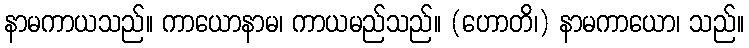
နာမကာယသည်။ ကာယောနာမ၊ ကာယမည်သည်။ (ဟောတိ၊) နာမကာယော၊ သည်။